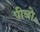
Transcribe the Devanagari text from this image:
पीजो